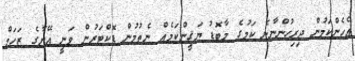
އެހެންކަމުން ދިރިހުންނާނެ ކަމުގެ މާބޮޑު ޔަޤީންކަމެއް ނެތުމުން ޑޮކްޓަރުން ވަނީ އޭނާގެ ޒަހަމް